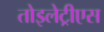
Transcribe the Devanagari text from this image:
तोइलेट्रीएस